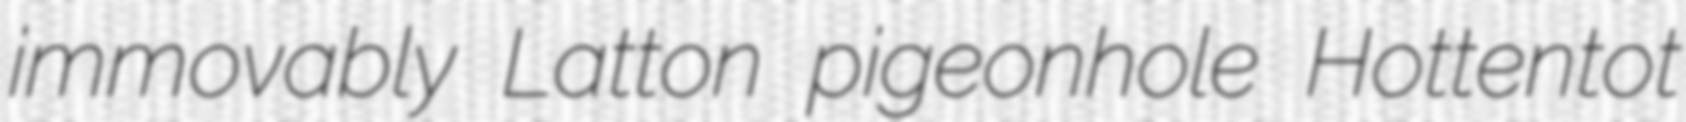
immovably Latton pigeonhole Hottentot